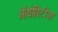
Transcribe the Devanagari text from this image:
ऑथोरिटीज़